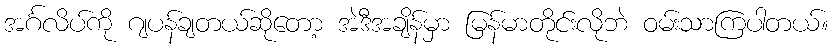
အင်္ဂလိပ်ကို ဂျပန်ချတယ်ဆိုတော့ အဲဒီအချိန်မှာ မြန်မာတိုင်းလိုဘဲ ဝမ်းသာကြပါတယ်။